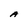
Character: A